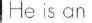
He is an